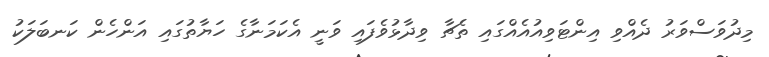
މިދުވަސްވަރު ދެއްވި އިންޓަވިއުއެއްގައި ތެޗާ ވިދާޅުވެފައި ވަނީ އެކަމަނާގެ ހަޔާތުގައި އަންހެން ކަނބަލަކު